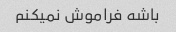
باشه فراموش نمیکنم